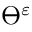
\varTheta ^ { \varepsilon }